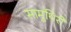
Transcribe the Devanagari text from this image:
सामुथिरी